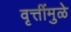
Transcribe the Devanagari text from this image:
वृत्तींमुळे